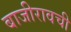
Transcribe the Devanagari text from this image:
बाजीरावची